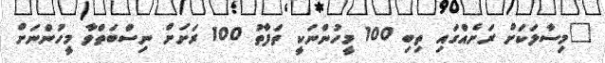
"މިސާލަކަށް ރަށެއްގައި ތިބި 100 މީހުންނަކީ ތަފާތު 100 ރަށަށް ނިސްބަތްވާ މީހުންނަށް